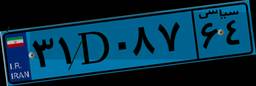
۵۰D۴۹۳۷۸